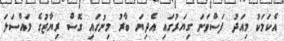
އެކަމަކު މިއަދު ފަސްވަނަ ގިޔަރުގައި އެދިޔަ ބާރު މިނުގައި ގޮސް ރިޔާޒުގެ މައްސަލަ